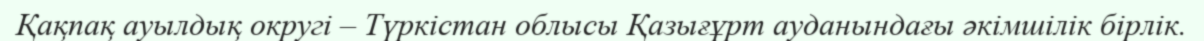
Қақпақ ауылдық округі – Түркістан облысы Қазығұрт ауданындағы әкімшілік бірлік.